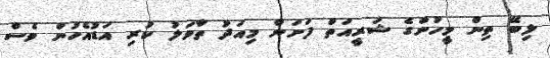
ލިބޭ ތިން މީހުންގެ ޝަރީއަތް ފަށަން މިއަދު ތާވަލު ކުރި އަޑުއެހުން ވެސް